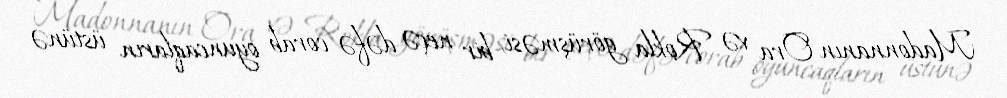
Madonnanın Ora və Rokla görüşməsi, bir neçə dəfə corab oyuncaqların üstünə